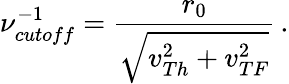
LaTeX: \nu_{cutoff}^{-1}=\frac{r_{0}}{\sqrt{v_{Th}^{2}+v_{TF}^{2}}}\, .